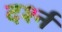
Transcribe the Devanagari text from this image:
दर्श्न